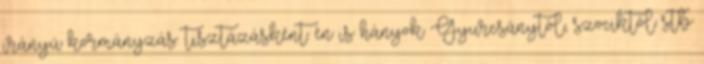
irányú kormányzás. tisztázásként: én is hányok Gyurcsánytól, szociktól stb